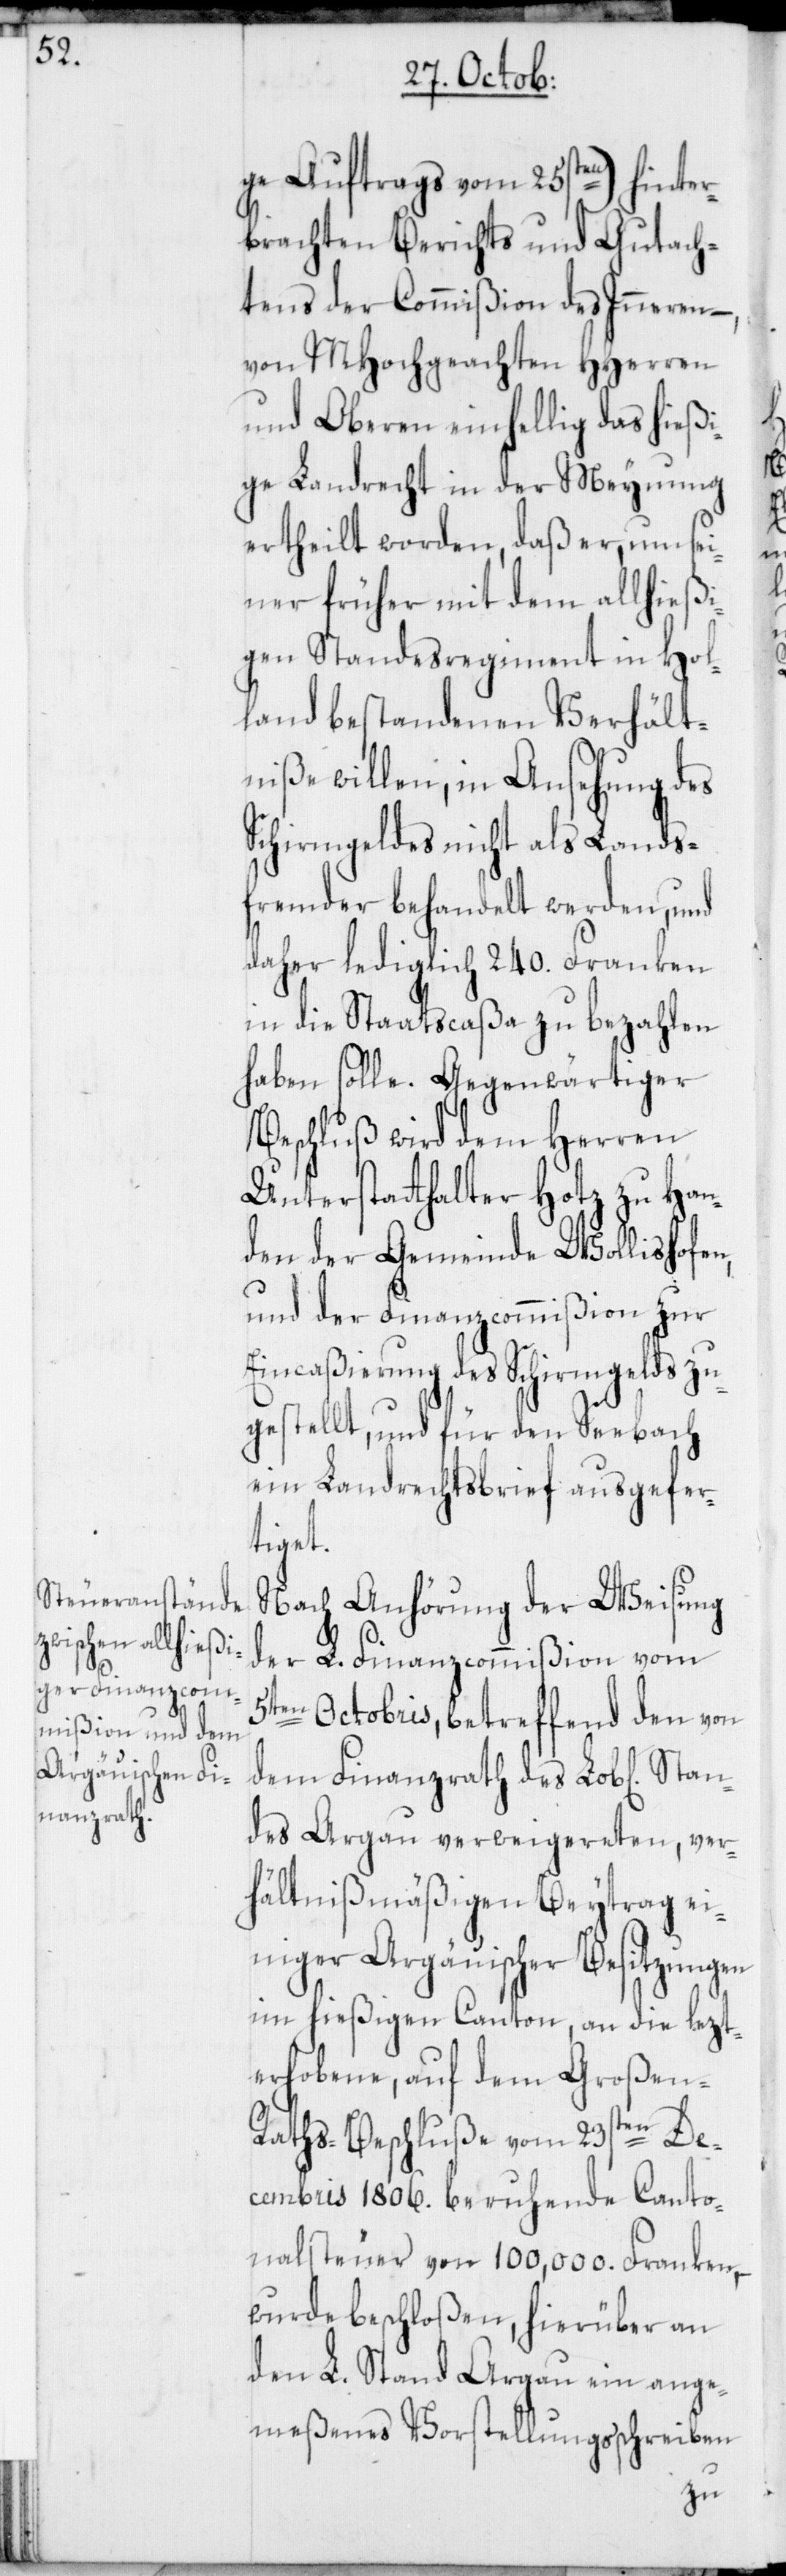
Stan¬

ge Auftrags vom 25sten) hinter¬
brachten Berichts und Gutach¬
tens der Commißion des Inneren –,
von MHochgeachten HHerren
und Oberen einhellig das hießi¬
ge Landrecht in der Meynung
ertheilt worden, daß er, um sei¬
ner früher mit dem allhießi¬
gen Standesregiment in Hol¬
land bestandenen Verhält¬
niße willen, in Ansehung des
Schirmgeldes nicht als Lands¬
fremder behandelt werden, und
daher lediglich 240. Franken
in die Staatscaßa zu bezahlen
haben solle. Gegenwärtiger
Beschluß wird dem Herren
Unterstatthalter Hotz zu Han¬
den der Gemeinde Wollishofen,
und der Finanzcommißion zur
Eincaßierung des Schirmgelds zu¬
gestellt, und für den Seebach
ein Landrechtsbrief ausgefer¬
tiget.
Nach Anhörung der Weisung
der L. Finanzcommißion vom
5ten Octobris, betreffend den von
dem Finanzrath des Lob[lichen]
des Argau verweigereten, ver¬
hältnißmäßigen Beytrag ei¬
niger Argäuischer Besitzungen
im hießigen Canton, an die lezt¬
erhobene, auf dem Großen-R¬
aths-Beschluße vom 23sten De¬
cembris 1806. beruhende Canto¬
nalsteuer von 100,000. Franken,
wurde beschloßen, hierüber an
den L. Stand Argau ein ange¬
meßenes Vorstellungsschreiben